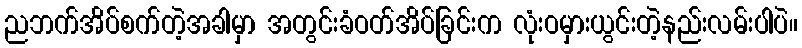
ညဘက်အိပ်စက်တဲ့အခါမှာ အတွင်းခံဝတ်အိပ်ခြင်းက လုံးဝမှားယွင်းတဲ့နည်းလမ်းပါပဲ။